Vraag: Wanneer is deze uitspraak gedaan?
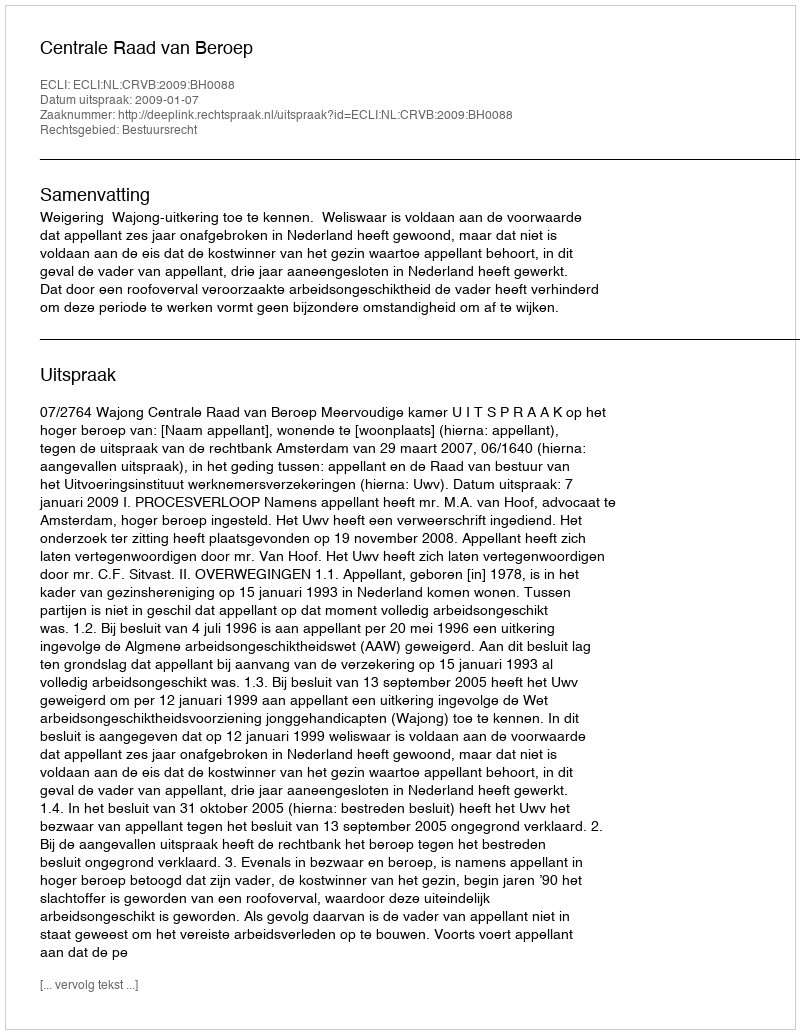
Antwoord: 2009-01-07